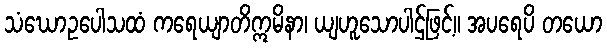
သံဃောဥပေါသထံ ကရေယျာတိဣမိနာ၊ ယျဟူသောပါဌ်ဖြင့်။ အပရေပိ တယော